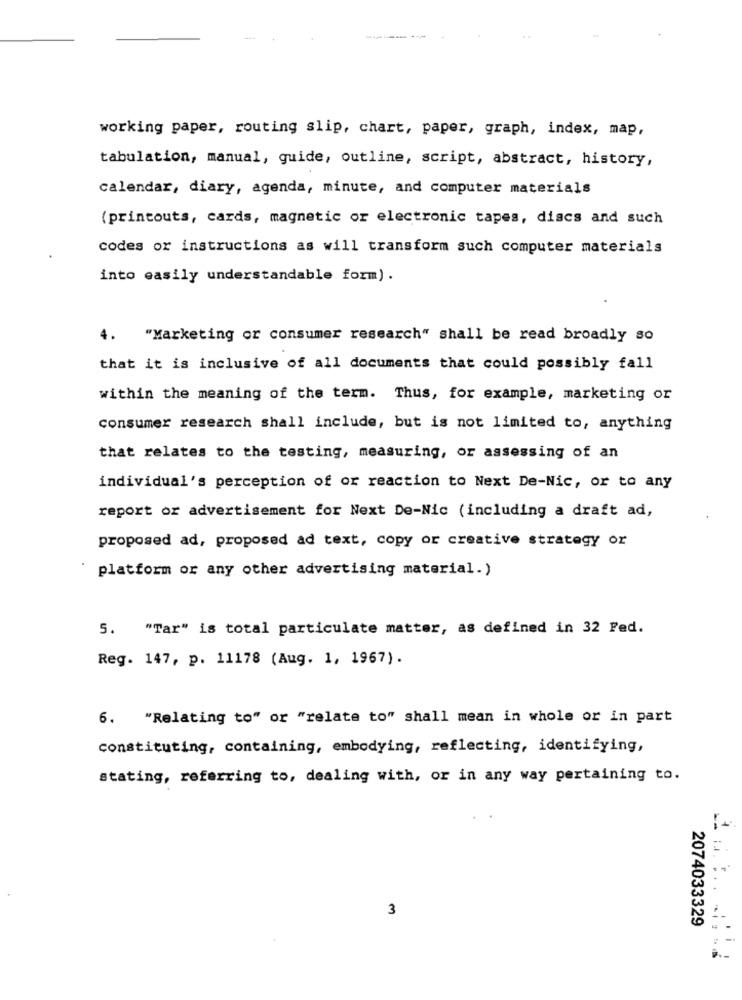
working paper, routing slip, chart, paper, graph, index, map,
tabulation, manual, guide, outline, script, abstract, history,
calendar, diary, agenda, minute, and computer materials
(printouts, cards, magnetic or electronic tapes, discs and such
codes or instructions as will transform such computer materials
into easily understandable form) .
4. "Marketing or consumer research" shall be read broadly so
that it is inclusive of all documents that could possibly fall
within the meaning of the term. Thus, for example, marketing or
consumer research shall include, but is not limited to, anything
that relates to the testing, measuring, or assessing of an
individual's perception of or reaction to Next De-Nic, or to any
report or advertisement for Next De-Nic (including a draft ad,
proposed ad, proposed ad text, copy or creative strategy or
platform or any other advertising material.)
5. "Tar" is total particulate matter, as defined in 32 Fed.
Reg. 147, p. 11178 (Aug. 1, 1967).
6. "Relating to" or "relate to" shall mean in whole or in part
constituting, containing, embodying, reflecting, identifying,
stating, referring to, dealing with, or in any way pertaining to.
3
2074033329